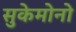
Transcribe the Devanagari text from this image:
सुकेमोनो